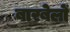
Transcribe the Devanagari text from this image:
बारबेलों